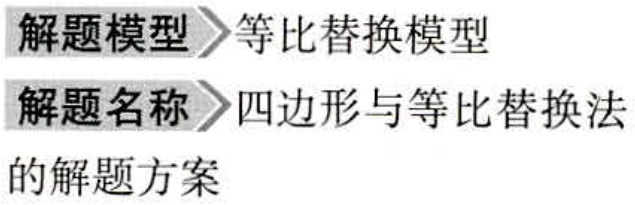
\begin{document}
解题模型$\to$等比替换模型\\
解题名称$\to$四边形与等比替换法\\
的解题方案
\end{document}